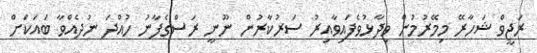
ރަޖީވް ޝަހާރޭ މިމޭރުމުން ވިދާޅުވެފައިވާއިރު ސަރުކާރުން ނޫނީ ރަސްގެފާނު ހުއްދަ ނުދެއްވާ ބައަކަށް